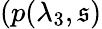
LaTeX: (p(\lambda_{3},\mathfrak{s})